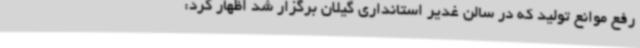
رفع موانع تولید که در سالن غدیر استانداری گیلان برگزار شد اظهار کرد: